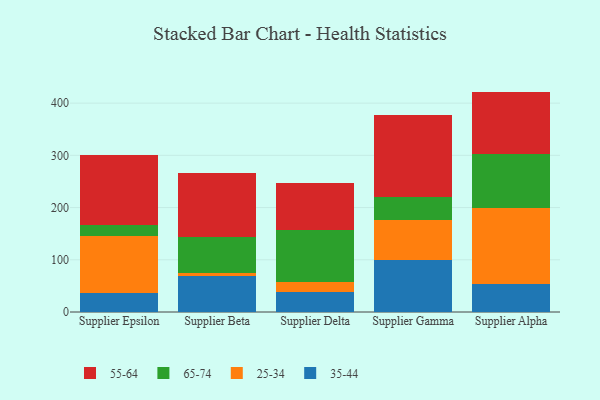
{"axis": {"x": "Supplier", "y": "Shipments"}, "legend": ["25-34", "35-44", "55-64", "65-74"], "data": [{"x": "Supplier Epsilon", "y": 35.6, "type": "35-44"}, {"x": "Supplier Epsilon", "y": 109.1, "type": "25-34"}, {"x": "Supplier Epsilon", "y": 22.7, "type": "65-74"}, {"x": "Supplier Epsilon", "y": 132.4, "type": "55-64"}, {"x": "Supplier Beta", "y": 69.7, "type": "35-44"}, {"x": "Supplier Beta", "y": 5.6, "type": "25-34"}, {"x": "Supplier Beta", "y": 67.7, "type": "65-74"}, {"x": "Supplier Beta", "y": 123.0, "type": "55-64"}, {"x": "Supplier Delta", "y": 38.4, "type": "35-44"}, {"x": "Supplier Delta", "y": 18.6, "type": "25-34"}, {"x": "Supplier Delta", "y": 99.5, "type": "65-74"}, {"x": "Supplier Delta", "y": 89.7, "type": "55-64"}, {"x": "Supplier Gamma", "y": 99.1, "type": "35-44"}, {"x": "Supplier Gamma", "y": 77.7, "type": "25-34"}, {"x": "Supplier Gamma", "y": 43.4, "type": "65-74"}, {"x": "Supplier Gamma", "y": 157.5, "type": "55-64"}, {"x": "Supplier Alpha", "y": 54.4, "type": "35-44"}, {"x": "Supplier Alpha", "y": 144.2, "type": "25-34"}, {"x": "Supplier Alpha", "y": 103.9, "type": "65-74"}, {"x": "Supplier Alpha", "y": 119.6, "type": "55-64"}]}